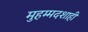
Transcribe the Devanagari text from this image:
मुहम्मदशाही